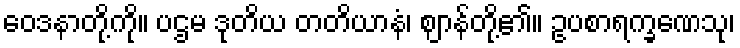
ဝေဒနာတို့ကို။ ပဌမ ဒုတိယ တတိယာနံ၊ ဈာန်တို့၏။ ဥပစာရက္ခဏေသု၊